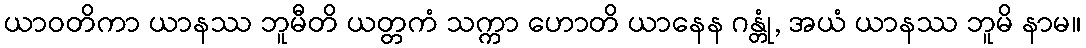
ယာဝတိကာ ယာနဿ ဘူမီတိ ယတ္တကံ သက္ကာ ဟောတိ ယာနေန ဂန္တုံ, အယံ ယာနဿ ဘူမိ နာမ။